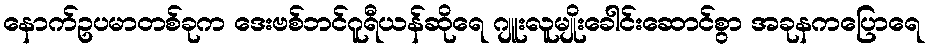
နောက်ဥပမာတစ်ခုက ဒေးဗစ်ဘင်ဂူရီယန်ဆိုရေ ဂျူးလူမျိုးခေါင်းဆောင်စွာ အခုနကပြောရေ